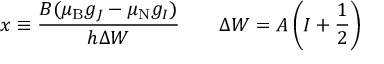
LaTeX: x \equiv { \frac { B ( \mu _ { \mathrm { { B } } } g _ { J } - \mu _ { \mathrm { { N } } } g _ { I } ) } { h \Delta W } } \quad \quad \Delta W = A \left( I + { \frac { 1 } { 2 } } \right)